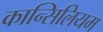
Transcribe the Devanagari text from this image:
कान्सिलियम